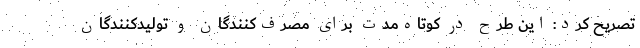
تصریح کرد: این طرح در کوتاه‌مدت برای مصرف‌کنندگان و تولید‌کنندگان